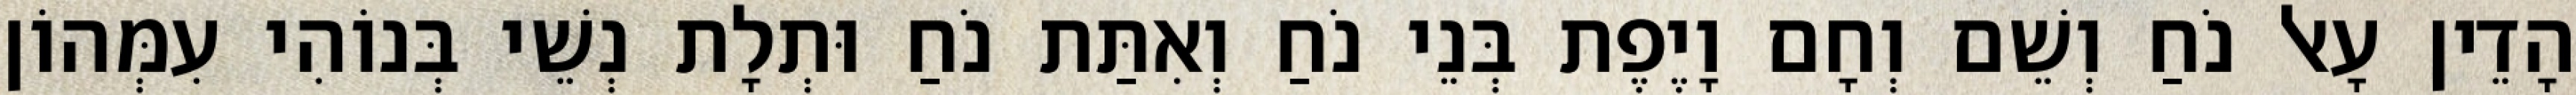
הָדֵין עָאל נֹחַ וְשֵׁם וְחָם וָיֶפֶת בְּנֵי נֹחַ וְאִתַּת נֹחַ וּתְלָת נְשֵׁי בְּנוֹהִי עִמְּהוֹן